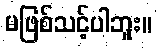
မဖြစ်သင့်ပါဘူး။